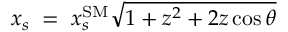
x _ { s } \; = \; x _ { s } ^ { \mathrm { S M } } \sqrt { 1 + z ^ { 2 } + 2 z \cos \theta } \;